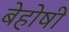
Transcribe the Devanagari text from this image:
बेहोषी